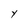
Character: Y